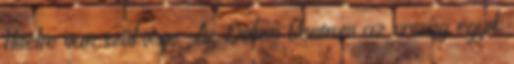
Hitelre van szüksége Az Otthon Centrum az ország egyik